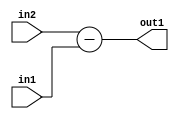
`timescale 1ps / 1ps
/*****************************************************************************
    Verilog RTL Description
    
    
    Created by: Stratus DpOpt 2019.1.01 
*******************************************************************************/

module fix2float_Sub_6Sx5U_6S_1 (
	in2,
	in1,
	out1
	); /* architecture "behavioural" */ 
input [5:0] in2;
input [4:0] in1;
output [5:0] out1;
wire [5:0] asc001;

assign asc001 = 
	+(in2)
	-(in1);

assign out1 = asc001;
endmodule

/* CADENCE  urn2Swg= : u9/ySgnWtBlWxVPRXgAZ4Og= ** DO NOT EDIT THIS LINE ******/